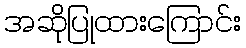
အဆိုပြုထားကြောင်း